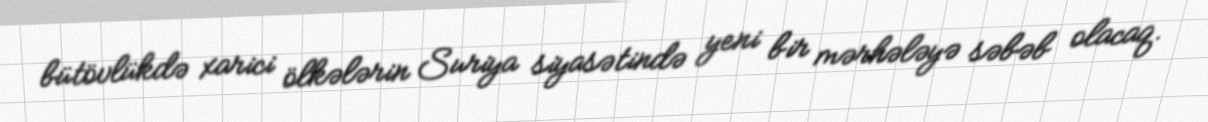
bütövlükdə xarici ölkələrin Suriya siyasətində yeni bir mərhələyə səbəb olacaq.